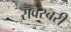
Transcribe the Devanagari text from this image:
रॊवस्बरी